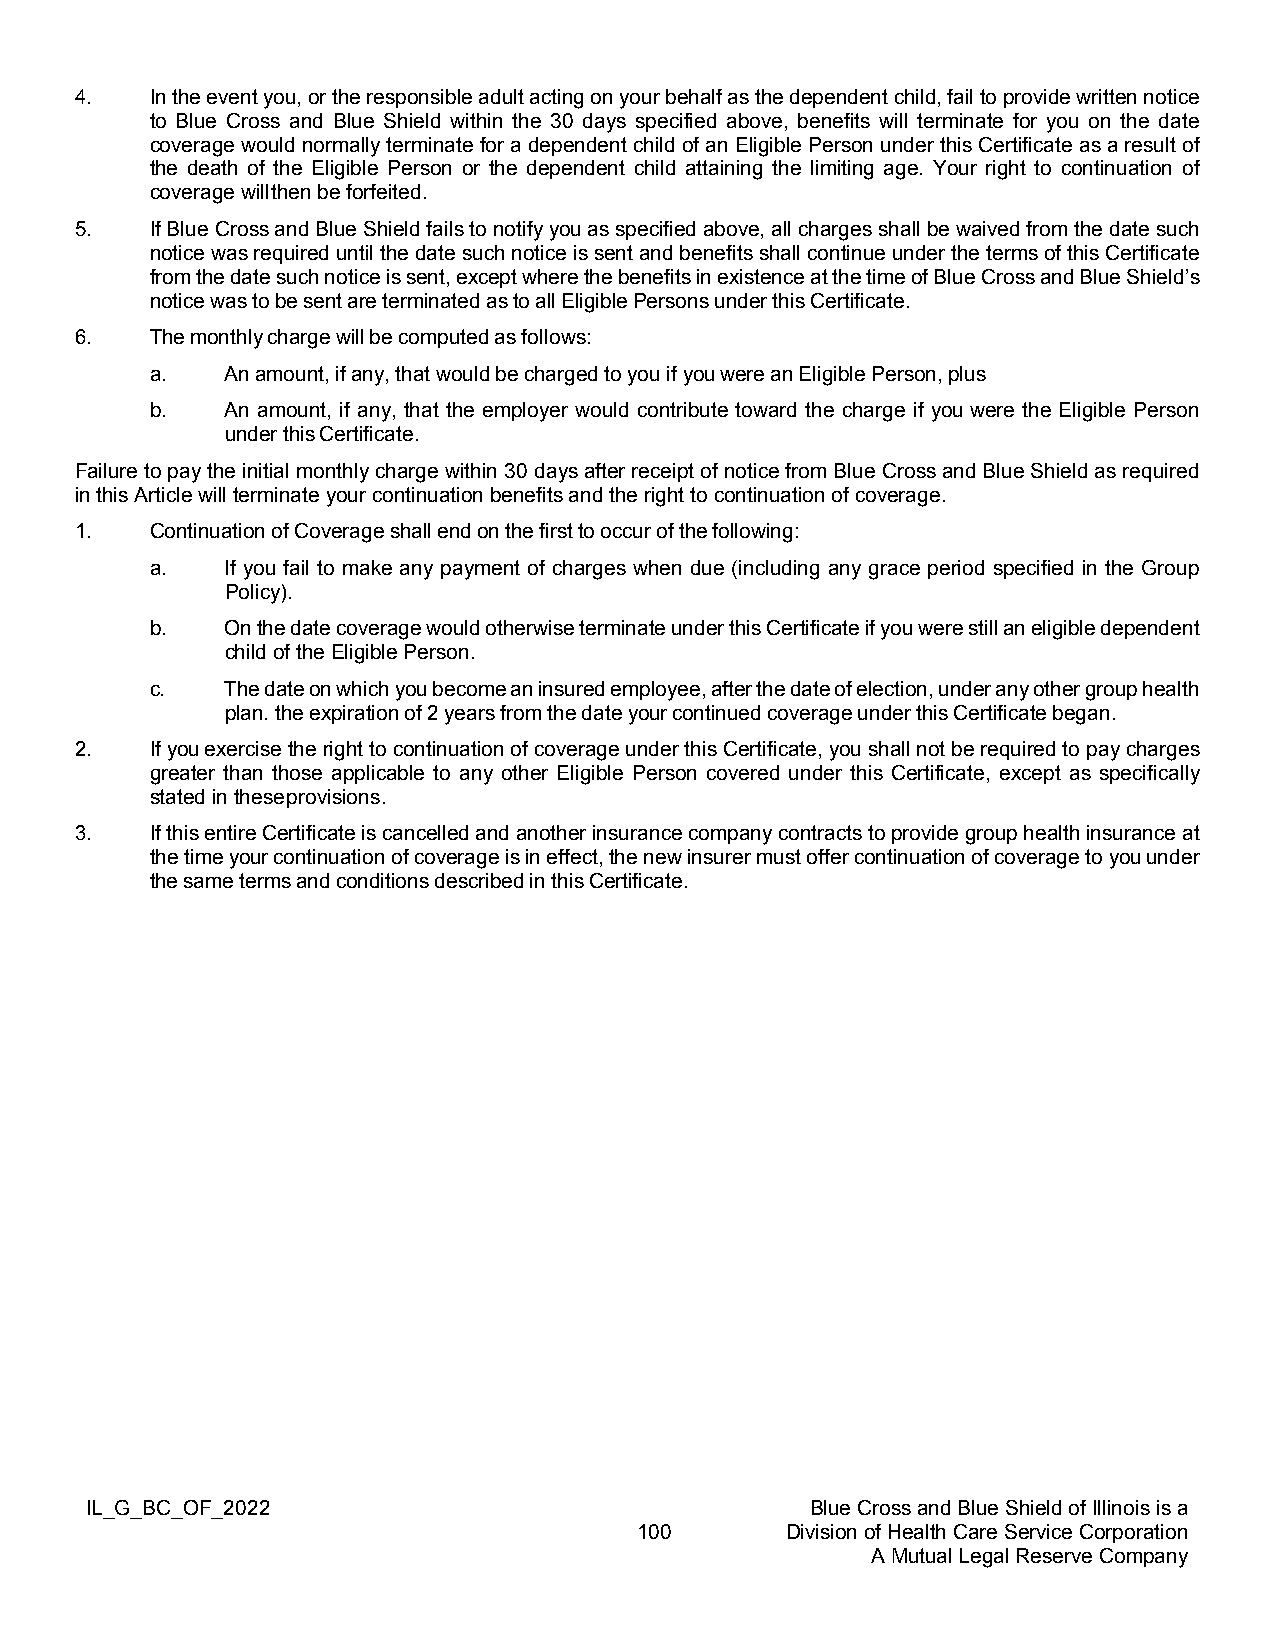
4.   In the event you, or the responsible adult acting on your behalf as the dependent child, fail to provide written notice
 to Blue Cross and Blue Shield within the 30 days specified above, benefits will terminate for you on the date
 coverage would normally terminate for a dependent child of an Eligible Person under this Certificate as a result of
 the death of the Eligible Person or the dependent child attaining the limiting age. Your right to continuation of
 coverage will then be forfeited.
 5.   If Blue Cross and Blue Shield fails to notify you as specified above, all charges shall be waived from the date such
 notice was required until the date such notice is sent and benefits shall continue under the terms of this Certificate
 from the date such notice is sent, except where the benefits in existence at the time of Blue Cross and Blue Shield’s
 notice was to be sent are terminated as to all Eligible Persons under this Certificate.
 6.   The monthly charge will be computed as follows:
 a.   An amount, if any, that would be charged to you if you were an Eligible Person, plus
 b.   An amount, if any, that the employer would contribute toward the charge if you were the Eligible Person
 under this Certificate.
 Failure to pay the initial monthly charge within 30 days after receipt of notice from Blue Cross and Blue Shield as required
 in this Article will terminate your continuation benefits and the right to continuation of coverage.
 1.   Continuation of Coverage shall end on the first to occur of the following:
 a.   If you fail to make any payment of charges when due (including any grace period specified in the Group
 Policy).
 b.   On the date coverage would otherwise terminate under this Certificate if you were still an eligible dependent
 child of the Eligible Person.
 c.   The date on which you become an insured employee, after the date of election, under any other group health
 plan. the expiration of 2 years from the date your continued coverage under this Certificate began.
 2.   If you exercise the right to continuation of coverage under this Certificate, you shall not be required to pay charges
 greater than those applicable to any other Eligible Person covered under this Certificate, except as specifically
 stated in these provisions.
 3.   If this entire Certificate is cancelled and another insurance company contracts to provide group health insurance at
 the time your continuation of coverage is in effect, the new insurer must offer continuation of coverage to you under
 the same terms and conditions described in this Certificate.
 IL_G_BC_OF_2022                                 Blue Cross and Blue Shield of Illinois is a
 100       Division of Health Care Service Corporation
 A Mutual Legal Reserve Company